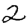
Digit: 2